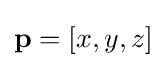
\mathbf {p} =\left[x,y,z\right]